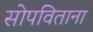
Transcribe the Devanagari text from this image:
सोपविताना